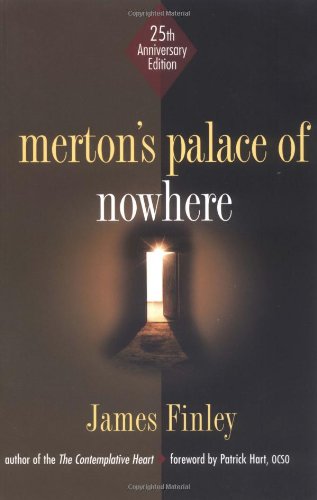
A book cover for Merton's Palace of Nowhere; Christian Books & Bibles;